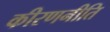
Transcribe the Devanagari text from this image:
कीरणनीति